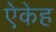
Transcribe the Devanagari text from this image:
ऐकेह